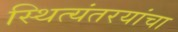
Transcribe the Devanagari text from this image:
स्थित्यंतरयांचा